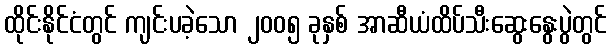
ထိုင်းနိုင်ငံတွင် ကျင်းပခဲ့သော ၂၀၀၅ ခုနှစ် အာဆီယံထိပ်သီးဆွေးနွေးပွဲတွင်